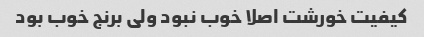
کیفیت خورشت اصلا خوب نبود ولی برنج خوب بود